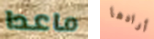
ماعدا أرادها